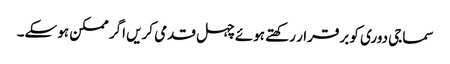
سماجی دوری کو برقرار رکھتے ہوئے چہل قدمی کریں اگر ممکن ہو سکے۔